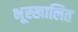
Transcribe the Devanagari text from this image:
भूस्खालित